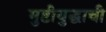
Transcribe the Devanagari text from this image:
मुष्टीयुद्धाची